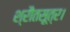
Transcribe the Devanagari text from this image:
श्रौतसूत्र।